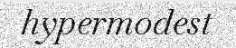
hypermodest